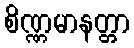
စိဏ္ဏမာနတ္တာ